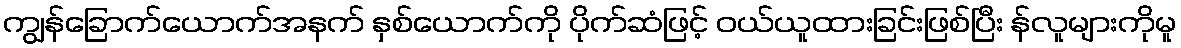
ကျွန်ခြောက်ယောက်အနက် နှစ်ယောက်ကို ပိုက်ဆံဖြင့် ဝယ်ယူထားခြင်းဖြစ်ပြီး န်လူများကိုမူ